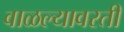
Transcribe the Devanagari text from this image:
वाळल्यावरती